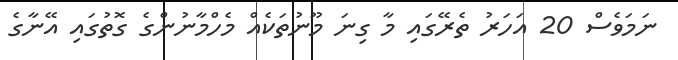
ނަމަވެސް 20 އަހަރު ތެރޭގައި މާ ގިނަ މޫނުތަކެއް މެހްމާނުންގެ ގޮތުގައި އޭނާގެ